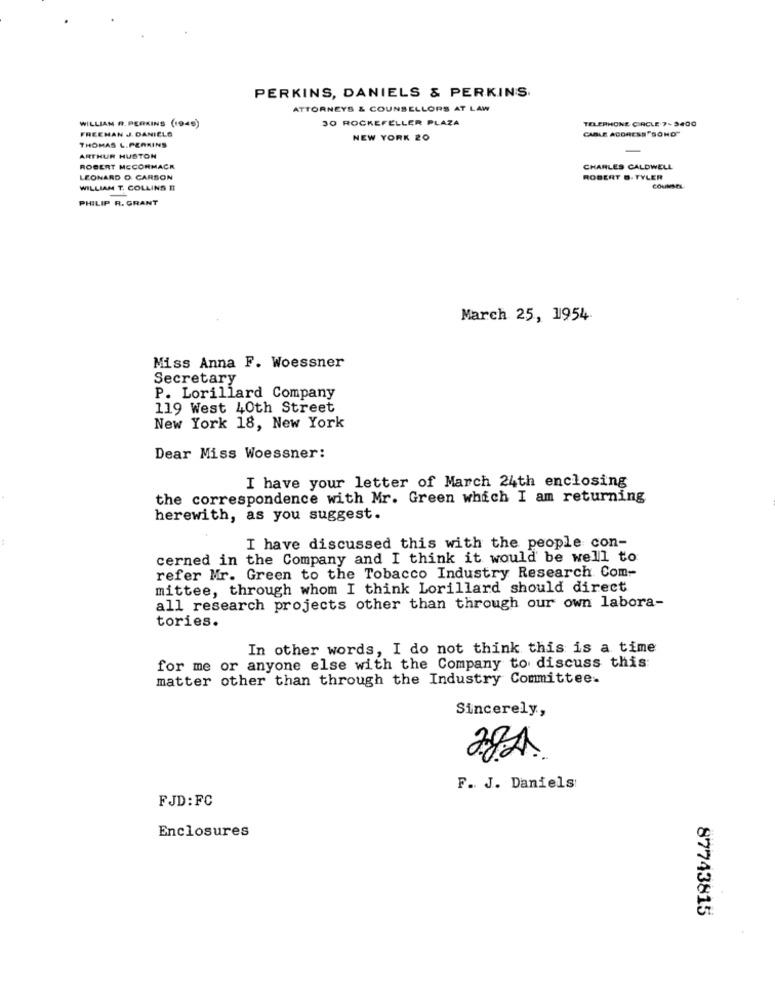
PERKINS, DANIELS & PERKINS.
ATTORNEYS & COUNSELLORS AT LAW
WILLIAM R. PERKINS (1945)
30 ROCKEFELLER PLAZA
TELEPHONE CIRCLE 7-9400
FREEMAN J. DANIELS
CABLE ADDRESS "SONO"
THOMAS L.PERKINS
NEW YORK 20
ARTHUR HUSTON
ROBERT MCCORMACK
CHARLES CALDWELL
LEONARD O CARSON
ROBERT B. TYLER
WILLIAM T. COLLINS II
PHILIP R. GRANT
March 25, 1954
Miss Anna F. Woessner
Secretary
P. Lorillard Company
119 West 40th Street
New York 18, New York
Dear Miss Woessner:
I have your letter of March 24th enclosing
the correspondence with Mr. Green which I am returning
herewith, as you suggest.
I have discussed this with the people con-
cerned in the Company and I think it would be well to
refer Mr. Green to the Tobacco Industry Research Com-
mittee, through whom I think Lorillard should direct
all research projects other than through our own labora-
tories.
In other words, I do not think this is a time
for me or anyone else with the Company to discuss this:
matter other than through the Industry Committee.
Sincerely,
28A.
F. J. Daniels
FJD: FC
Enclosures
87743815